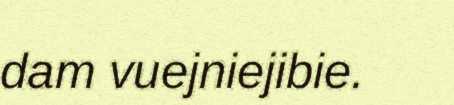
dam vuejniejibie.